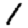
Digit: 1